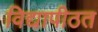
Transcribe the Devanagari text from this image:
विद्यापीठत